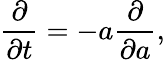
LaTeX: {\frac{\partial}{\partial t}}=-a{\frac{\partial}{\partial a}},